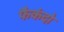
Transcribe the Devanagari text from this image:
फैकंदो